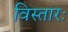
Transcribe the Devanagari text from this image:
विस्तारः